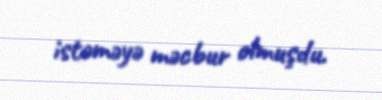
istəməyə məcbur olmuşdu.